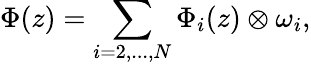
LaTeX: \Phi(z)=\sum_{i=2,...,N}\Phi_{i}(z)\otimes\omega_{i},